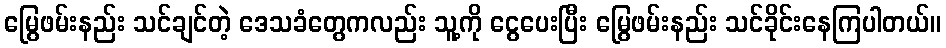
မြွေဖမ်းနည်း သင်ချင်တဲ့ ဒေသခံတွေကလည်း သူ့ကို ငွေပေးပြီး မြွေဖမ်းနည်း သင်ခိုင်းနေကြပါတယ်။